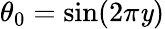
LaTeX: \theta_{0}=\sin(2\pi\mathit{y})